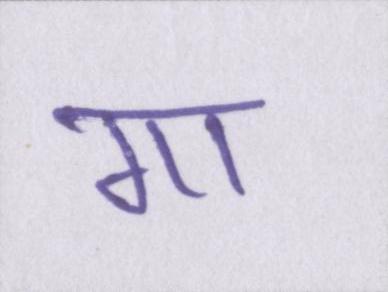
गा